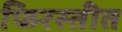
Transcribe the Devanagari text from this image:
फिरस्तीत